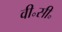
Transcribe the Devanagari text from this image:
वी॰सी॰